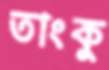
তাংকু